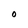
Character: O